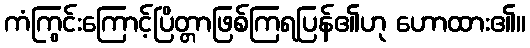
ကံကြွင်းကြောင့်ပြိတ္တာဖြစ်ကြရပြန်၏ဟု ဟောထား၏။